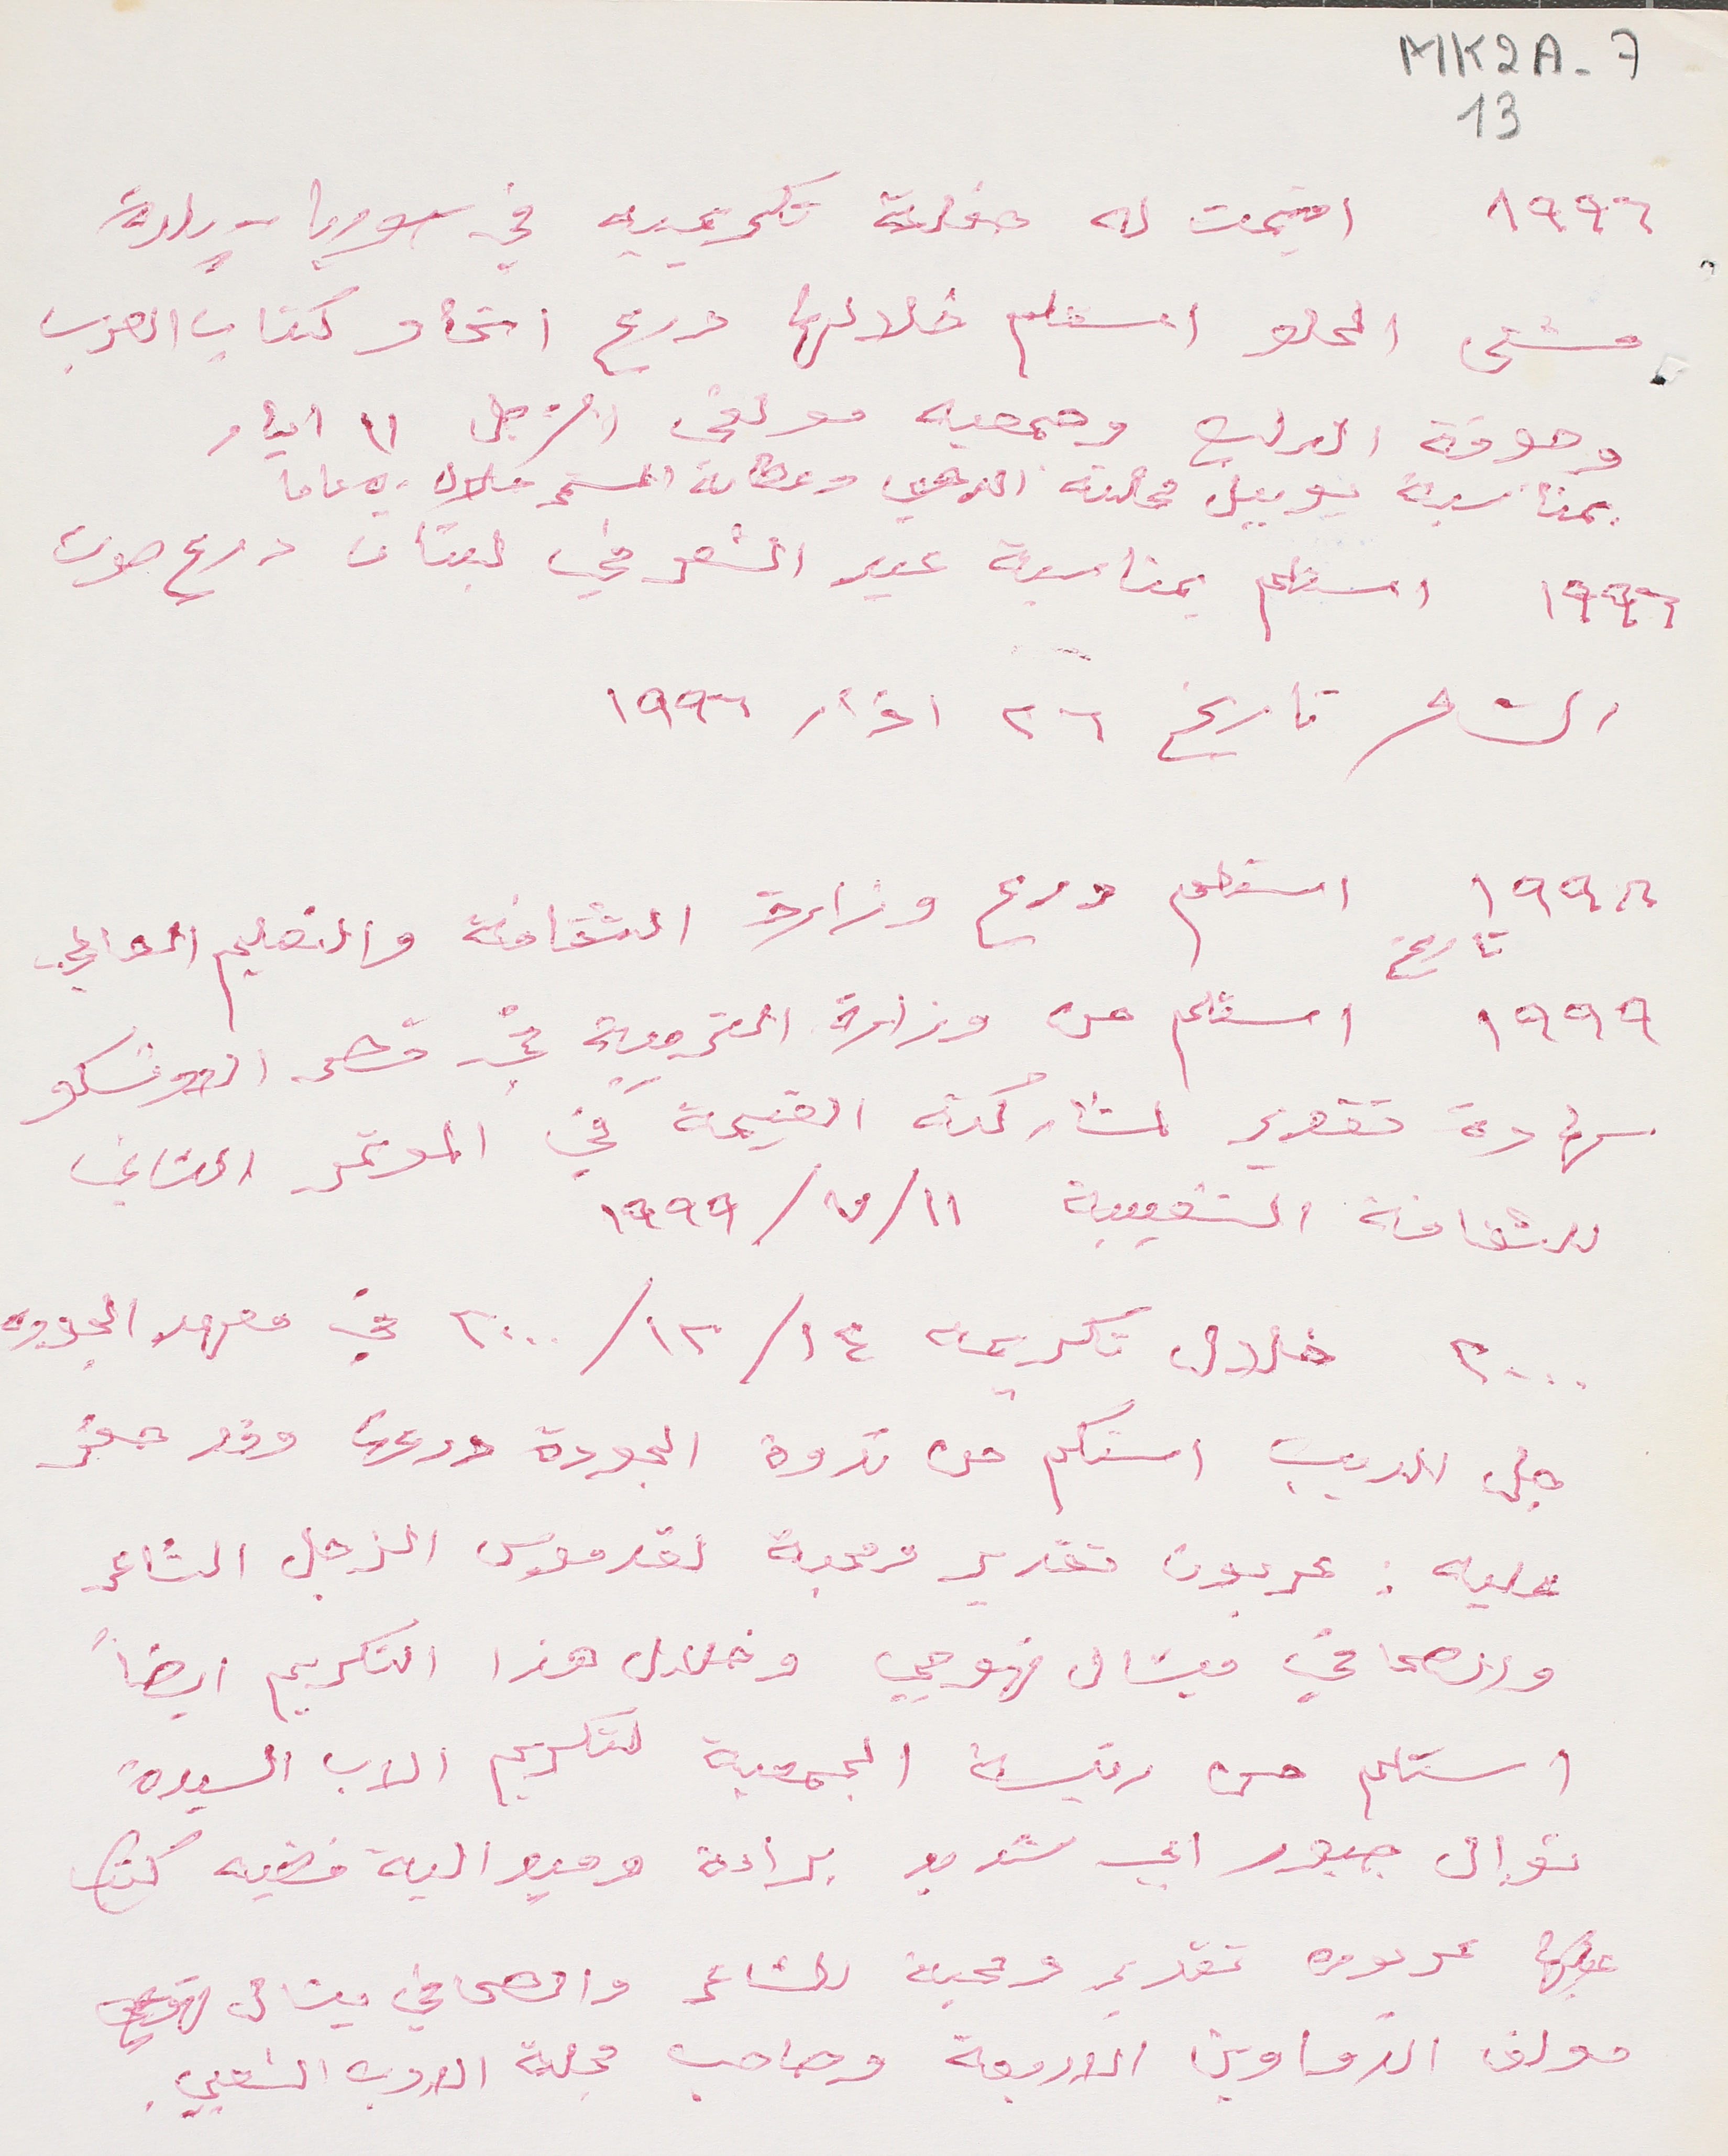
MK2A-713
١٩٩٦ اقيمت له حفلة تكريمية في سوريا - بلدة
مشتى الحلو استلم خلالها درع اتحاد كتاب العرب
وجوقة الربيع وجمعية مولفي الزجل ١١ أيار
بمناسبة يوبيل مجلته الدهبي وعطائه المستمر خلال ٥٠ عاما
١٩٩٦ استلم بمناسبة عيد الشعر في لبنان درع صوت
الشاعر تاريخ ٢٦ اذار ١٩٩٦
١٩٩٨ استلم درع وزارة الثقافة والتعليم العالي
١٩٩٩ تاريخ استلم من وزارة التربية في قصر اليونسكو
شهادة تقدير لمشاركته القيمة في الموتمر الثاني
للثقافة الشعبية ١١/ ٧/ ١٩٩٩
٢٠٠٠ خلال تكريمه ١٤/ ١٢/ ٢٠٠٠ في معهد الجوده
جل الديب استلم من ندوة الجودة درعها وقد حفر
عليه. عربون تقدير ومحبة لقدموس الزجل الشاعر
والصحافي ميشال قهوجي وخلال هذا التكريم ايضا
استلم من رئيسة الجمعية لتكريم الاب السيدة
نوال جبور ابي شديد براءة وميدالية فضية كتب
عليها عربون تقدير ومحبة للشاعر والصحافي ميشال قهوجي
مولف الدواوين الاربعة وصاحب مجلة الادب الشعبي